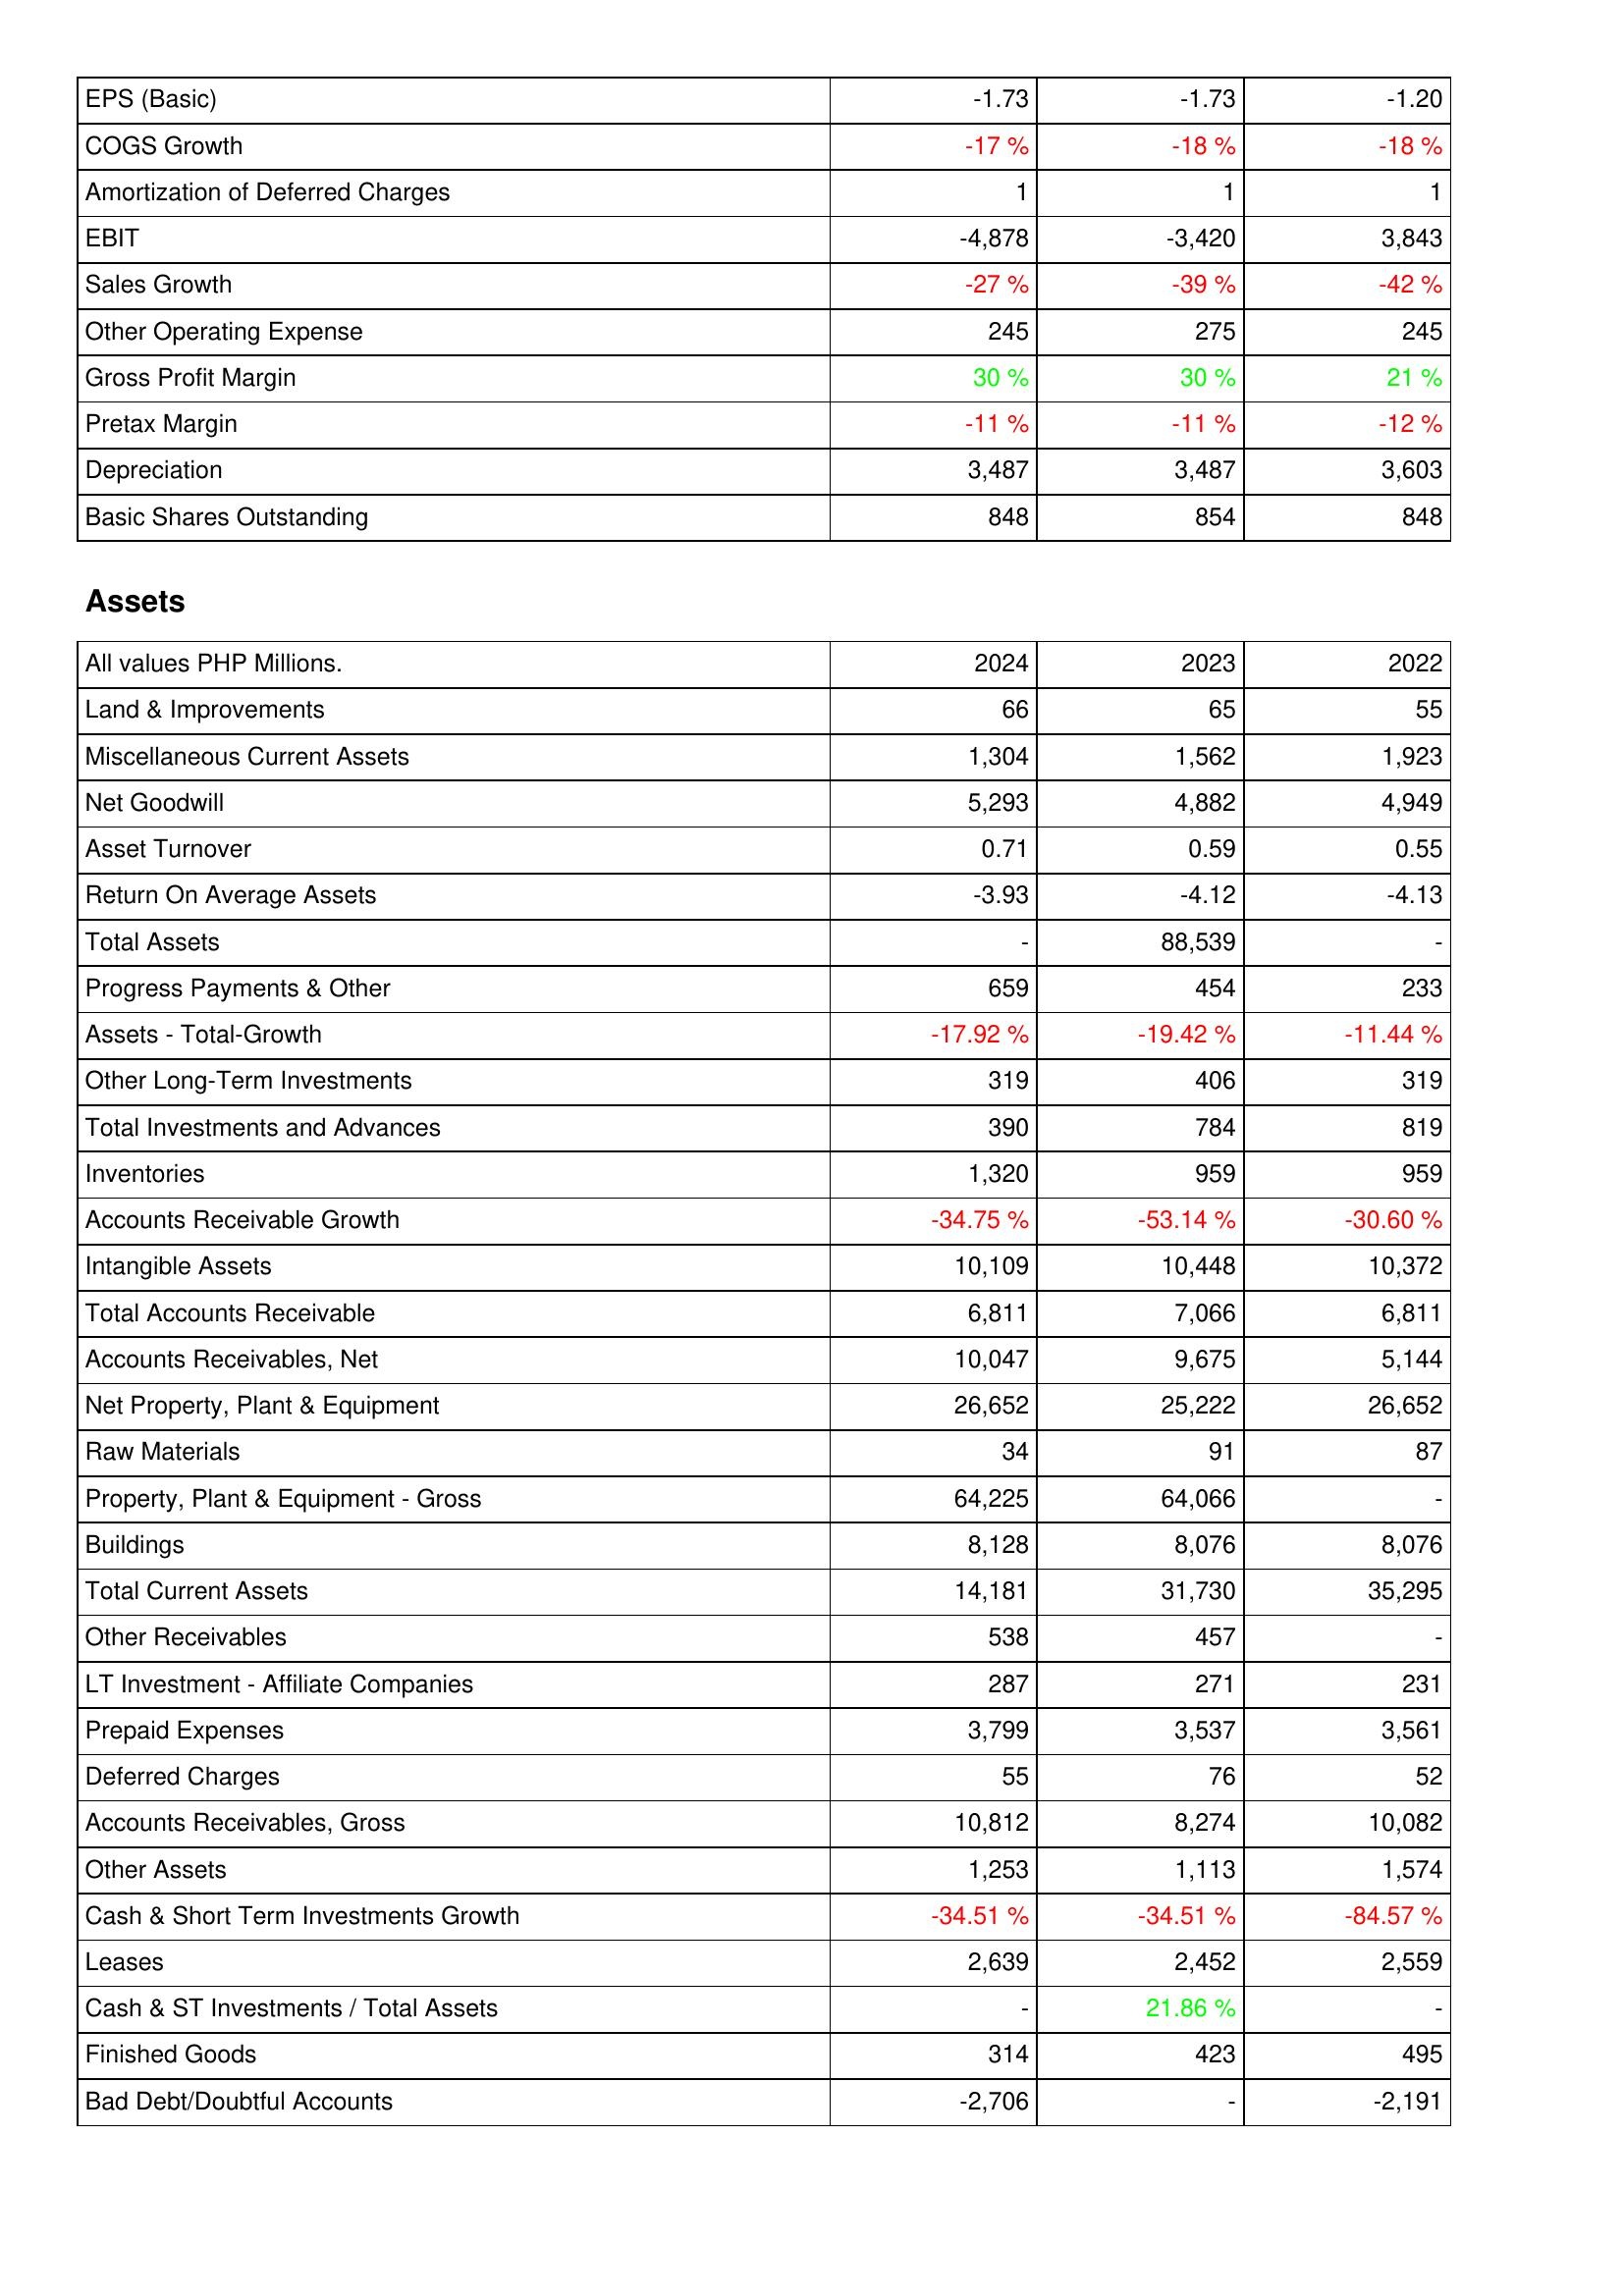
2024: Income Statement: EPS (Basic): -1.73
COGS Growth: -17 %
Amortization of Deferred Charges: 1
EBIT: -4,878
Sales Growth: -27 %
Other Operating Expense: 245
Gross Profit Margin: 30 %
Pretax Margin: -11 %
Depreciation: 3,487
Basic Shares Outstanding: 848
Assets: Land & Improvements: 66
Miscellaneous Current Assets: 1,304
Net Goodwill: 5,293
Asset Turnover: 0.71
Return On Average Assets: -3.93
Total Assets: -
Progress Payments & Other: 659
Assets - Total-Growth: -17.92 %
Other Long-Term Investments: 319
Total Investments and Advances: 390
Inventories: 1,320
Accounts Receivable Growth: -34.75 %
Intangible Assets: 10,109
Total Accounts Receivable: 6,811
Accounts Receivables, Net: 10,047
Net Property, Plant & Equipment: 26,652
Raw Materials: 34
Property, Plant & Equipment - Gross: 64,225
Buildings: 8,128
Total Current Assets: 14,181
Other Receivables: 538
LT Investment - Affiliate Companies: 287
Prepaid Expenses: 3,799
Deferred Charges: 55
Accounts Receivables, Gross: 10,812
Other Assets: 1,253
Cash & Short Term Investments Growth: -34.51 %
Leases: 2,639
Cash & ST Investments / Total Assets: -
Finished Goods: 314
Bad Debt/Doubtful Accounts: -2,706
2023: Income Statement: EPS (Basic): -1.73
COGS Growth: -18 %
Amortization of Deferred Charges: 1
EBIT: -3,420
Sales Growth: -39 %
Other Operating Expense: 275
Gross Profit Margin: 30 %
Pretax Margin: -11 %
Depreciation: 3,487
Basic Shares Outstanding: 854
Assets: Land & Improvements: 65
Miscellaneous Current Assets: 1,562
Net Goodwill: 4,882
Asset Turnover: 0.59
Return On Average Assets: -4.12
Total Assets: 88,539
Progress Payments & Other: 454
Assets - Total-Growth: -19.42 %
Other Long-Term Investments: 406
Total Investments and Advances: 784
Inventories: 959
Accounts Receivable Growth: -53.14 %
Intangible Assets: 10,448
Total Accounts Receivable: 7,066
Accounts Receivables, Net: 9,675
Net Property, Plant & Equipment: 25,222
Raw Materials: 91
Property, Plant & Equipment - Gross: 64,066
Buildings: 8,076
Total Current Assets: 31,730
Other Receivables: 457
LT Investment - Affiliate Companies: 271
Prepaid Expenses: 3,537
Deferred Charges: 76
Accounts Receivables, Gross: 8,274
Other Assets: 1,113
Cash & Short Term Investments Growth: -34.51 %
Leases: 2,452
Cash & ST Investments / Total Assets: 21.86 %
Finished Goods: 423
Bad Debt/Doubtful Accounts: -
2022: Income Statement: EPS (Basic): -1.20
COGS Growth: -18 %
Amortization of Deferred Charges: 1
EBIT: 3,843
Sales Growth: -42 %
Other Operating Expense: 245
Gross Profit Margin: 21 %
Pretax Margin: -12 %
Depreciation: 3,603
Basic Shares Outstanding: 848
Assets: Land & Improvements: 55
Miscellaneous Current Assets: 1,923
Net Goodwill: 4,949
Asset Turnover: 0.55
Return On Average Assets: -4.13
Total Assets: -
Progress Payments & Other: 233
Assets - Total-Growth: -11.44 %
Other Long-Term Investments: 319
Total Investments and Advances: 819
Inventories: 959
Accounts Receivable Growth: -30.60 %
Intangible Assets: 10,372
Total Accounts Receivable: 6,811
Accounts Receivables, Net: 5,144
Net Property, Plant & Equipment: 26,652
Raw Materials: 87
Property, Plant & Equipment - Gross: -
Buildings: 8,076
Total Current Assets: 35,295
Other Receivables: -
LT Investment - Affiliate Companies: 231
Prepaid Expenses: 3,561
Deferred Charges: 52
Accounts Receivables, Gross: 10,082
Other Assets: 1,574
Cash & Short Term Investments Growth: -84.57 %
Leases: 2,559
Cash & ST Investments / Total Assets: -
Finished Goods: 495
Bad Debt/Doubtful Accounts: -2,191